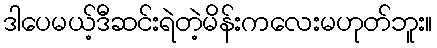
ဒါပေမယ့်ဒီဆင်းရဲတဲ့မိန်းကလေးမဟုတ်ဘူး။